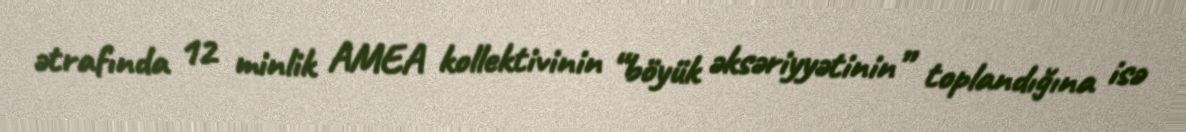
ətrafında 12 minlik AMEA kollektivinin “böyük əksəriyyətinin” toplandığına isə